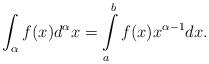
LaTeX: \begin{align*}\int_{\alpha}f(x)d^{\alpha}x=\intop_{a}^{b}f(x)x^{\alpha-1}dx.\end{align*}